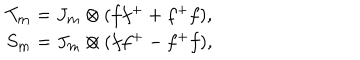
LaTeX: \begin{array} { c c c c } { { T _ { \bf m } = J _ { \bf m } \otimes ( f f ^ { + } + f ^ { + } f ) , } } \\ { { S _ { \bf m } = J _ { \bf m } \otimes ( f f ^ { + } - f ^ { + } f ) , } } \\ \end{array}